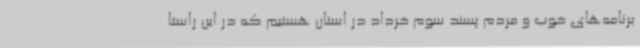
برنامه‌های خوب و مردم پسند سوم خرداد در استان هستیم که در این راستا